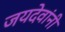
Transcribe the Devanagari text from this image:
जयदेवांनी